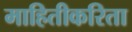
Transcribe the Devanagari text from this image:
माहितीकरिता